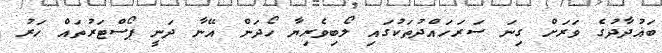
ބަޣުދާދުގެ ވަރަށް ގިނަ ސަރަހައްދުތަކުގައި ލޯބިވެރިޔާ ހޯދަން އޭނާ ދަނީ ޕޯސްޓަރުތައް ހަރު